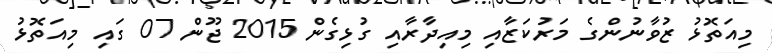
މިއަތޮޅު ޒުވާނުންގެ މަރުކަޒާއި މިއިދާރާއި ގުޅިގެން 2015 ޖޫން 07 ގައި މިއަތޮޅު